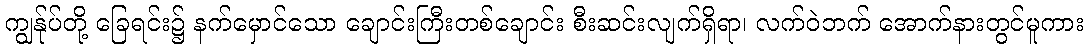
ကျွန်ုပ်တို့ ခြေရင်း၌ နက်မှောင်သော ချောင်းကြီးတစ်ချောင်း စီးဆင်းလျက်ရှိရာ၊ လက်ဝဲဘက် အောက်နားတွင်မူကား